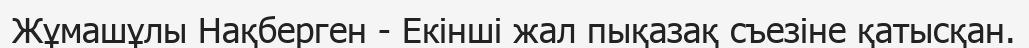
Жұмашұлы Нақберген - Екінші жал пықазақ съезіне қатысқан.